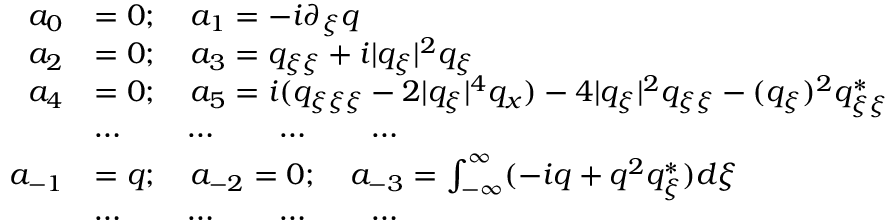
\begin{array} { r l } { a _ { 0 } } & { = 0 ; \quad a _ { 1 } = - i \partial _ { \xi } q } \\ { a _ { 2 } } & { = 0 ; \quad a _ { 3 } = q _ { \xi \xi } + i | q _ { \xi } | ^ { 2 } q _ { \xi } } \\ { a _ { 4 } } & { = 0 ; \quad a _ { 5 } = i ( q _ { \xi \xi \xi } - 2 | q _ { \xi } | ^ { 4 } q _ { x } ) - 4 | q _ { \xi } | ^ { 2 } q _ { \xi \xi } - ( q _ { \xi } ) ^ { 2 } q _ { \xi \xi } ^ { * } } \\ & { \cdots \qquad \cdots \qquad \cdots \qquad \cdots } \\ { a _ { - 1 } } & { = q ; \quad a _ { - 2 } = 0 ; \quad a _ { - 3 } = \int _ { - \infty } ^ { \infty } ( - i q + q ^ { 2 } q _ { \xi } ^ { * } ) d \xi } \\ & { \cdots \qquad \cdots \qquad \cdots \qquad \cdots } \end{array}